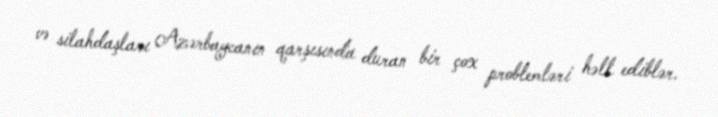
və silahdaşları Azərbaycanın qarşısında duran bir çox problemləri həll ediblər.